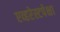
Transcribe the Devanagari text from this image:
एव्हरेस्टपेक्षा